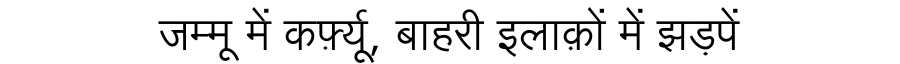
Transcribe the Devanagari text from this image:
जम्मू में कर्फ़्यू, बाहरी इलाक़ों में झड़पें